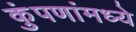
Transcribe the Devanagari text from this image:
कुंपणांमध्ये